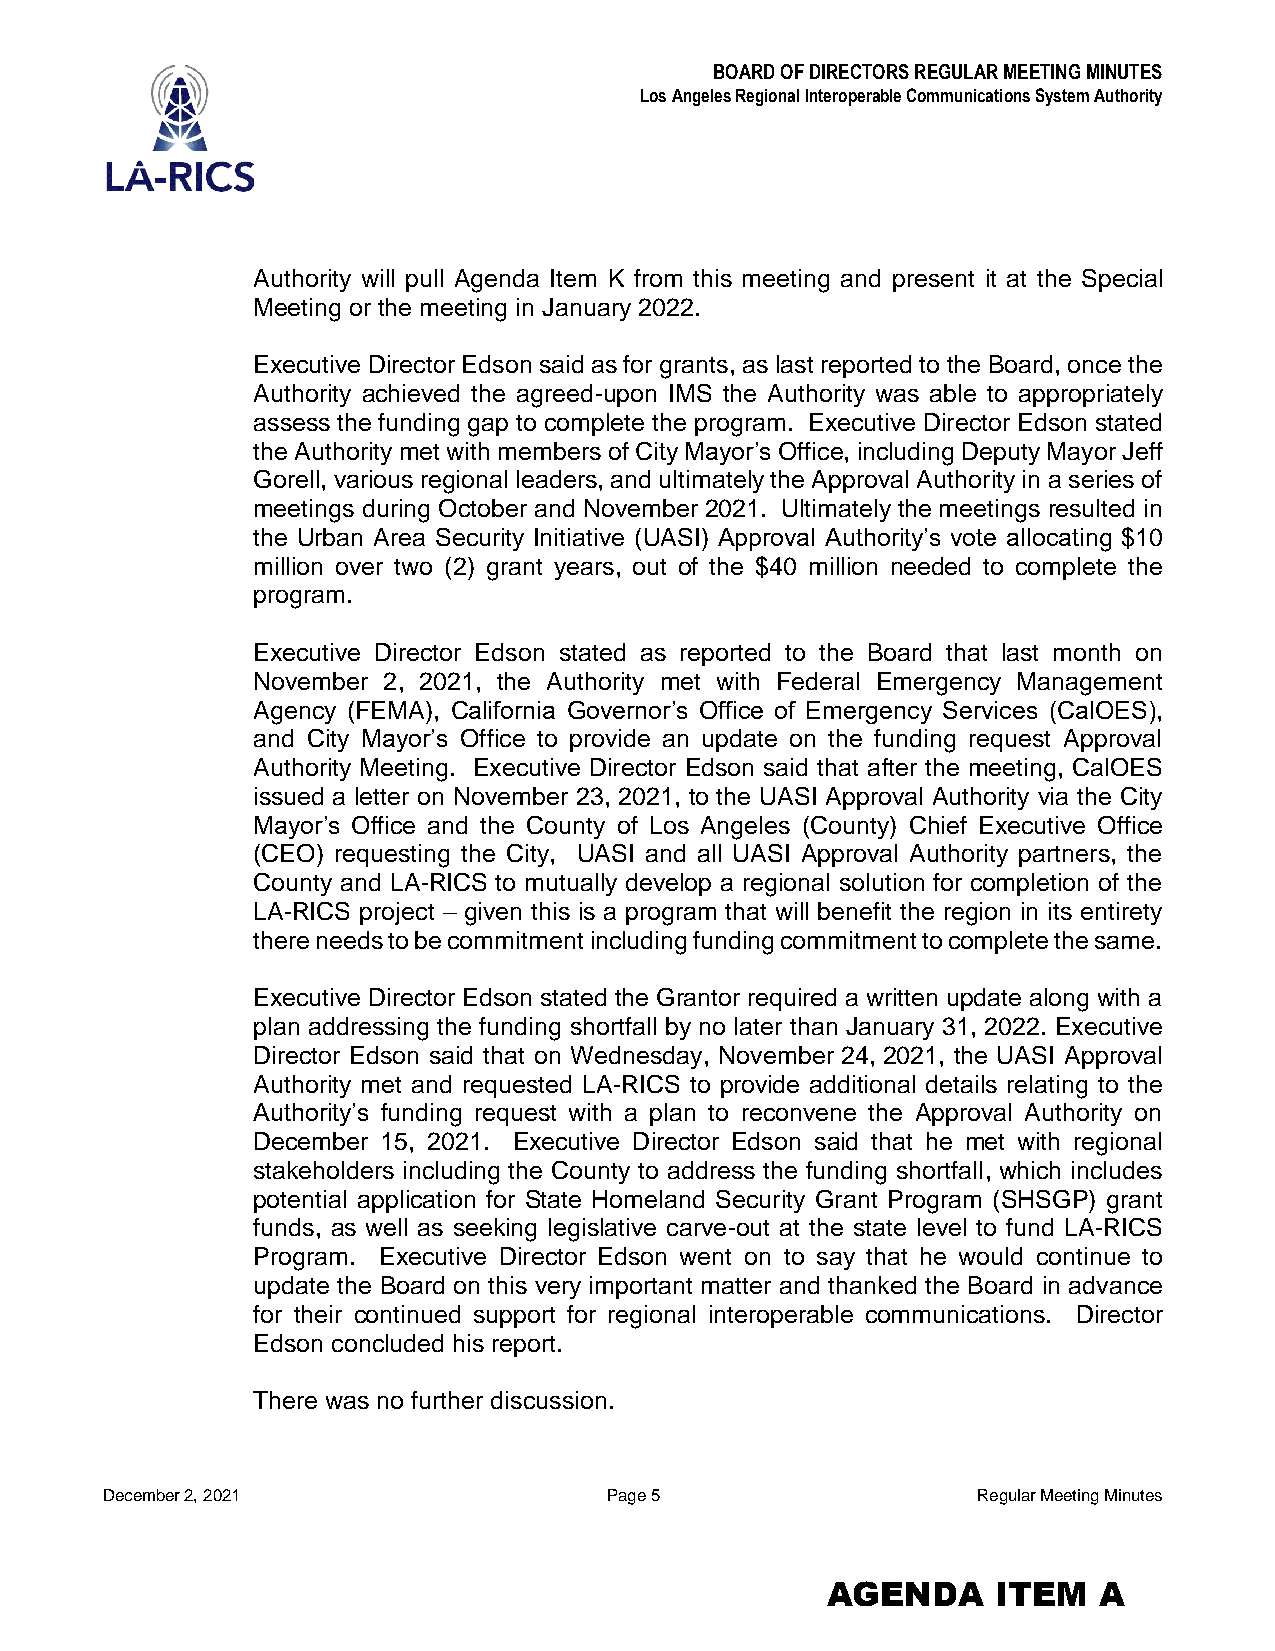
BOARD OF DIRECTORS REGULAR MEETING MINUTES
 Los Angeles Regional Interoperable Communications System Authority
 Authority will pull Agenda Item K from this meeting and present it at the Special
 Meeting or the meeting in January 2022.
 Executive Director Edson said as for grants, as last reported to the Board, once the
 Authority achieved the agreed-upon IMS the Authority was able to appropriately
 assess the funding gap to complete the program. Executive Director Edson stated
 the Authority met with members of City Mayor’s Office, including Deputy Mayor Jeff
 Gorell, various regional leaders, and ultimately the Approval Authority in a series of
 meetings during October and November 2021. Ultimately the meetings resulted in
 the Urban Area Security Initiative (UASI) Approval Authority’s vote allocating $10
 million over two (2) grant years, out of the $40 million needed to complete the
 program.
 Executive Director Edson stated as reported to the Board that last month on
 November 2, 2021, the Authority met with Federal Emergency Management
 Agency (FEMA), California Governor’s Office of Emergency Services (CalOES),
 and City Mayor’s Office to provide an update on the funding request Approval
 Authority Meeting. Executive Director Edson said that after the meeting, CalOES
 issued a letter on November 23, 2021, to the UASI Approval Authority via the City
 Mayor’s Office and the County of Los Angeles (County) Chief Executive Office
 (CEO) requesting the City, UASI and all UASI Approval Authority partners, the
 County and LA-RICS to mutually develop a regional solution for completion of the
 LA-RICS project – given this is a program that will benefit the region in its entirety
 there needs to be commitment including funding commitment to complete the same.
 Executive Director Edson stated the Grantor required a written update along with a
 plan addressing the funding shortfall by no later than January 31, 2022. Executive
 Director Edson said that on Wednesday, November 24, 2021, the UASI Approval
 Authority met and requested LA-RICS to provide additional details relating to the
 Authority’s funding request with a plan to reconvene the Approval Authority on
 December 15, 2021. Executive Director Edson said that he met with regional
 stakeholders including the County to address the funding shortfall, which includes
 potential application for State Homeland Security Grant Program (SHSGP) grant
 funds, as well as seeking legislative carve-out at the state level to fund LA-RICS
 Program. Executive Director Edson went on to say that he would continue to
 update the Board on this very important matter and thanked the Board in advance
 for their continued support for regional interoperable communications. Director
 Edson concluded his report.
 There was no further discussion.
 December 2, 2021                 Page 5                   Regular Meeting Minutes
 AGENDA     ITEM   A